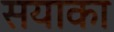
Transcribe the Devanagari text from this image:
सयाका